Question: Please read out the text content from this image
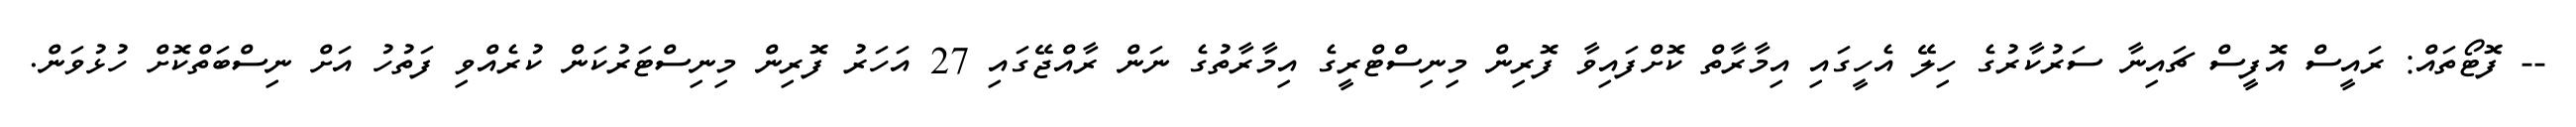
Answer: -- ފޮޓޯތައް: ރައީސް އޮފީސް ޗައިނާ ސަރުކާރުގެ ހިލޭ އެހީގައި އިމާރާތް ކޮށްފައިވާ ފޮރިން މިނިސްޓްރީގެ އިމާރާތުގެ ނަން ރާއްޖޭގައި 27 އަހަރު ފޮރިން މިނިސްޓަރުކަން ކުރެއްވި ފަތުހު އަށް ނިސްބަތްކޮށް ހުޅުވަން.